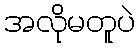
အလိုမတူပဲ